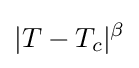
|T-T_{c}|^{\beta }